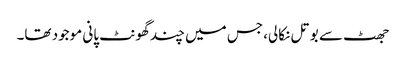
جھٹ سے بوتل نکالی، جس میں چند گھونٹ پانی موجود تھا۔